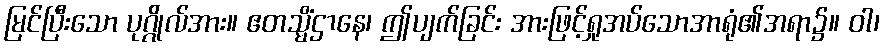
မြင်ပြီးသော ပုဂ္ဂိုလ်အား။ ဧတသ္မိံဌာနေ၊ ဤပျက်ခြင်း အားဖြင့်ရှုအပ်သောအာရုံ၏အရာ၌။ ဝါ၊